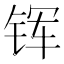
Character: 𮸈